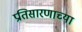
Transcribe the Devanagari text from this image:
प्रतिसारणाच्या